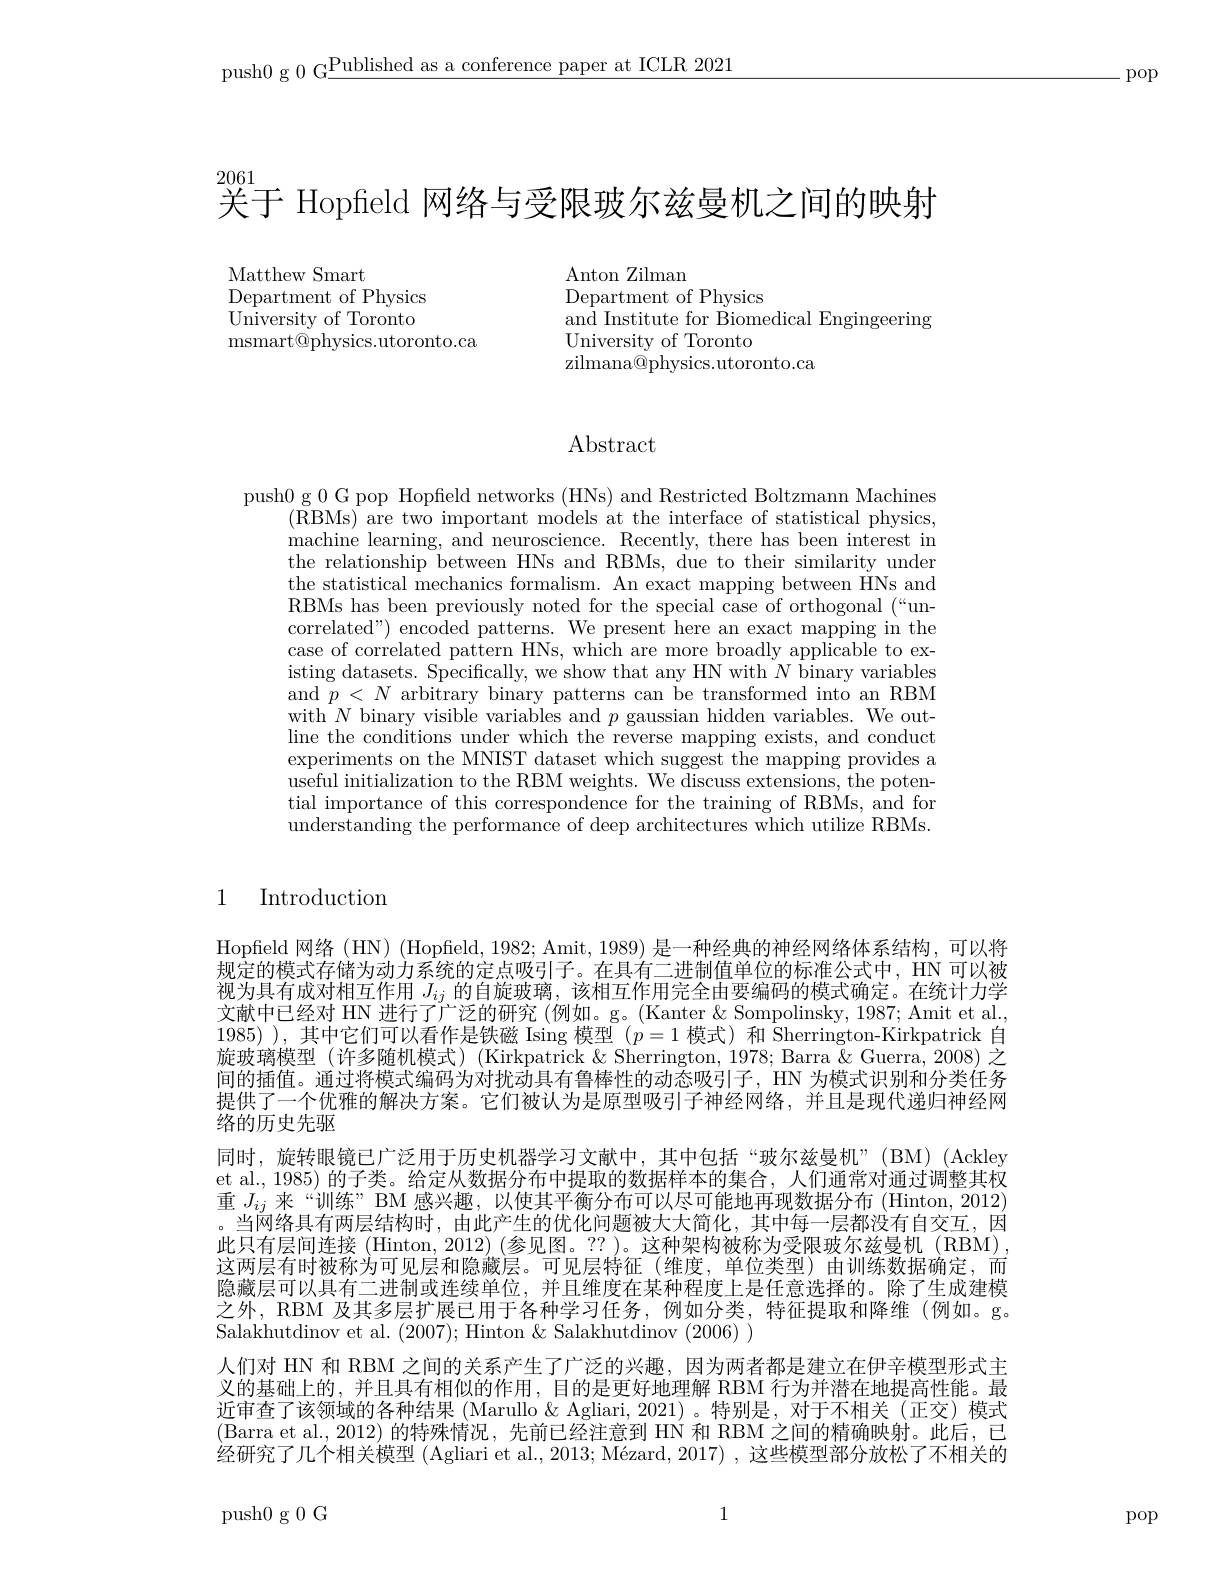
push0 g 0 G$\underline\text{Published as a conference paper at ICLR 2021}$

.pop

2061
关于 Hopfeld 网络与受限玻尔兹曼机之间的映射

Matthew Smart
Department of Physics ${\dot{\text{University of Toronto}}}$ ${\mathrm{msmart@physics.utoronto.ca}}$

Anton Zilman
Department of Physics
and Institute for Biomedical Engingeering
University of Toronto
zilmana@physics.utoronto.ca

## Abstract

push0 g 0 G pop Hopfield networks (HNs) and Restricted Boltzmann Machines
(RBMs) are two important models at the interface of statistical physics, machine learning, and neuroscience. Recently, there has been interest in the relationship between HNs and RBMs, due to their similarity under the statistical mechanics formalism. An exact mapping between HNs and RBMs has been previously noted for the special case of orthogonal (“uncorrelated") encoded patterns. We present here an exact mapping in the case of correlated pattern HNs, which are more broadly applicable to existing datasets. Specifically, we show that any HN with $N$ binary variables and$\bar{p}<N$ arbitrary binary patterns can be transformed into an RBM with $N$ binary visible variables and $p$ gaussian hidden variables. We outline the conditions under which the reverse mapping exists, and conduct experiments on the MNIST dataset which suggest the mapping provides a $\bar{\text{useful initialization to the RBM weights. We discuss extensions, the poten-}}$ tial importance of this correspondence for the training of RBMs, and for $\hat{\text{understanding the performance of deep architectures which utilize RBMs.}}$

1

$\operatorname{Introduction}$

Hopfield 网络(HN) (Hopfield, 1982; Amit, 1989) 是一种经典的神经网络体系结构，可以将规定的模式存储为动力系统的定点吸引子。在具有二进制值单位的标准公式中，HN 可以被视为具有成对相互作用$J_{ij}$的自旋玻璃，该相互作用完全由要编码的模式确定。在统计力学文献中已经对 HN 进行了广泛的研究 (例如。g。(Kanter & Sompolinsky, 1987; Amit et al., 1985) ),其中它们可以看作是铁磁 Ising 模型$(p=1$模式)和 Sherrington-Kirkpatrick 自旋玻璃模型 (许多随机模式) (Kirkpatrick & Sherrington, 1978; Barra & Guerra, 2008) 之间的插值。通过将模式编码为对扰动具有鲁棒性的动态吸引子，HN 为模式识别和分类任务提供了一个优雅的解决方案。它们被认为是原型吸引子神经网络，并且是现代递归神经网络的历史先驱
同时，旋转眼镜已广泛用于历史机器学习文献中，其中包括“玻尔兹曼机”(BM)(Ackley et al., 1985) 的子类。给定从数据分布中提取的数据样本的集合，人们通常对通过调整其权重$J_{ij}$来“训练”BM 感兴趣，以使其平衡分布可以尽可能地再现数据分布 (Hinton, 2012) 。当网络具有两层结构时，由此产生的优化问题被大大简化，其中每一层都没有自交互，因此只有层间连接 (Hinton, 2012) (参见图。?? )。这种架构被称为受限玻尔兹曼机 (RBM) , 这两层有时被称为可见层和隐藏层。可见层特征(维度，单位类型)由训练数据确定，而隐藏层可以具有二进制或连续单位，并且维度在某种程度上是任意选择的。除了生成建模之外，RBM 及其多层扩展已用于各种学习任务，例如分类，特征提取和降维(例如。g。Salakhutdinov et al. (2007);Hinton &Salakhutdinov (2006) )
人们对 HN 和 RBM 之间的关系产生了广泛的兴趣，因为两者都是建立在伊辛模型形式主义的基础上的，并且具有相似的作用，目的是更好地理解 RBM 行为并潜在地提高性能。最近审查了该领域的各种结果 (Marullo & Agliari, 2021)。特别是，对于不相关 (正交) 模式(Barra et al.,2012)的特殊情况，先前已经注意到 HN 和 RBM 之间的精确映射。此后，已经研究了几个相关模型 (Agliari et al., 2013; Mézard, 2017) , 这些模型部分放松了不相关的

1

push0 g 0 G

pop